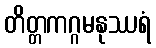
တိတ္တကဂ္ဂမနုဿရံ